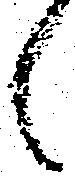
候